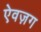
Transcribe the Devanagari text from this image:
ऐवज़ग